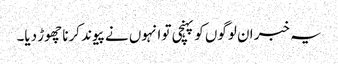
یہ خبر ان لوگوں کو پہنچی تو انہوں نے پیوند کرنا چھوڑ دیا۔